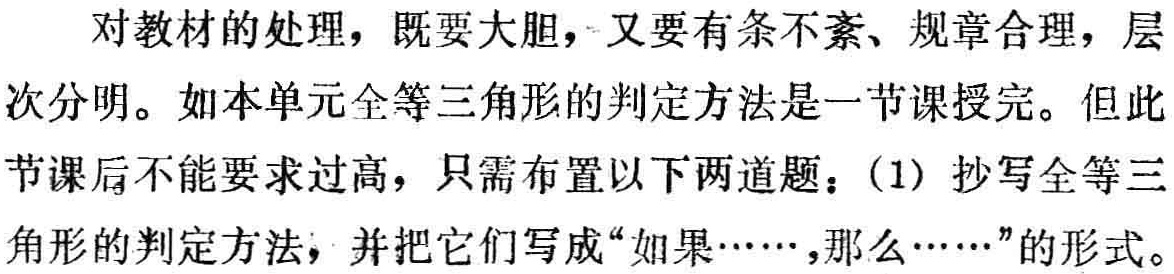
对教材的处理，既要大胆，又要有条不紊、规章合理，层次分明。如本单元全等三角形的判定方法是一节课授完。但此节课后不能要求过高，只需布置以下两道题：(1) 抄写全等三角形的判定方法，并把它们写成“如果……,那么……”的形式。